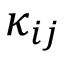
\kappa _ { i j }